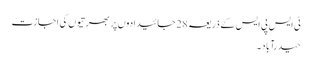
ٹی ایس پی ایس کے ذریعہ 28 جائیدادوں پر بھرتیوں کی اجازت
حیدرآباد۔